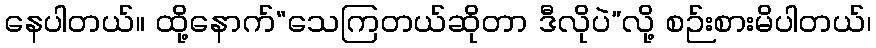
နေပါတယ်။ ထို့နောက်“သေကြတယ်ဆိုတာ ဒီလိုပဲ”လို့ စဉ်းစားမိပါတယ်၊